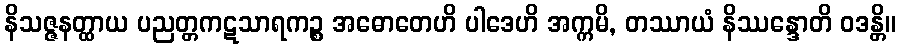
နိသဇ္ဇနတ္ထာယ ပညတ္တကဋသာရကဉ္စ အဓောတေဟိ ပါဒေဟိ အက္ကမိ, တဿာယံ နိဿန္ဒောတိ ဝဒန္တိ။